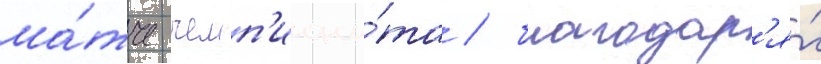
ма́тче чемп'иона́та / благодар'я́